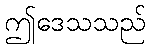
ဤဒေသသည်